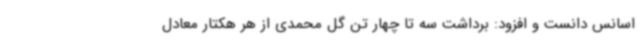
اسانس دانست و افزود: برداشت سه تا چهار تن گل محمدی از هر هکتار معادل